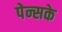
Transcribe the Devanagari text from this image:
पेन्सके